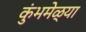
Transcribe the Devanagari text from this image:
कुंभमेळ्या